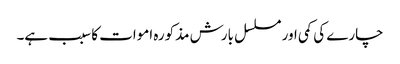
چارے کی کمی اور مسلسل بارش مذکورہ اموات کا سبب ہے۔